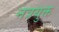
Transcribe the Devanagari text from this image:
नत्रयुक्त